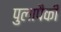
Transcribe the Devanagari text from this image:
पुलापैकी